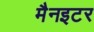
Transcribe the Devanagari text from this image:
मैनइटर